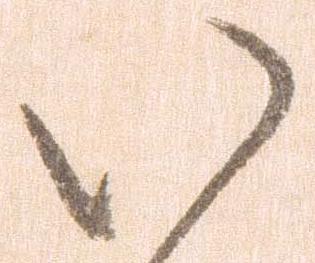
い